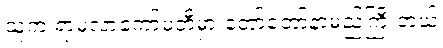
သူက ရာမလာကော်မတီမှာ တော်တော်နာမည်ကြီးတယ်